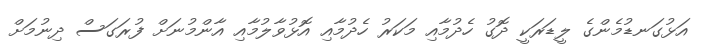
އަޅުގަނޑުމެންގެ ލީޑަރަކީ ދޮގު ހެދުމާއި މަކަރު ހެދުމާއި އޮޅުވާލުމާއި އާންމުނަށް ފުރަގަސް ދިނުމަށް